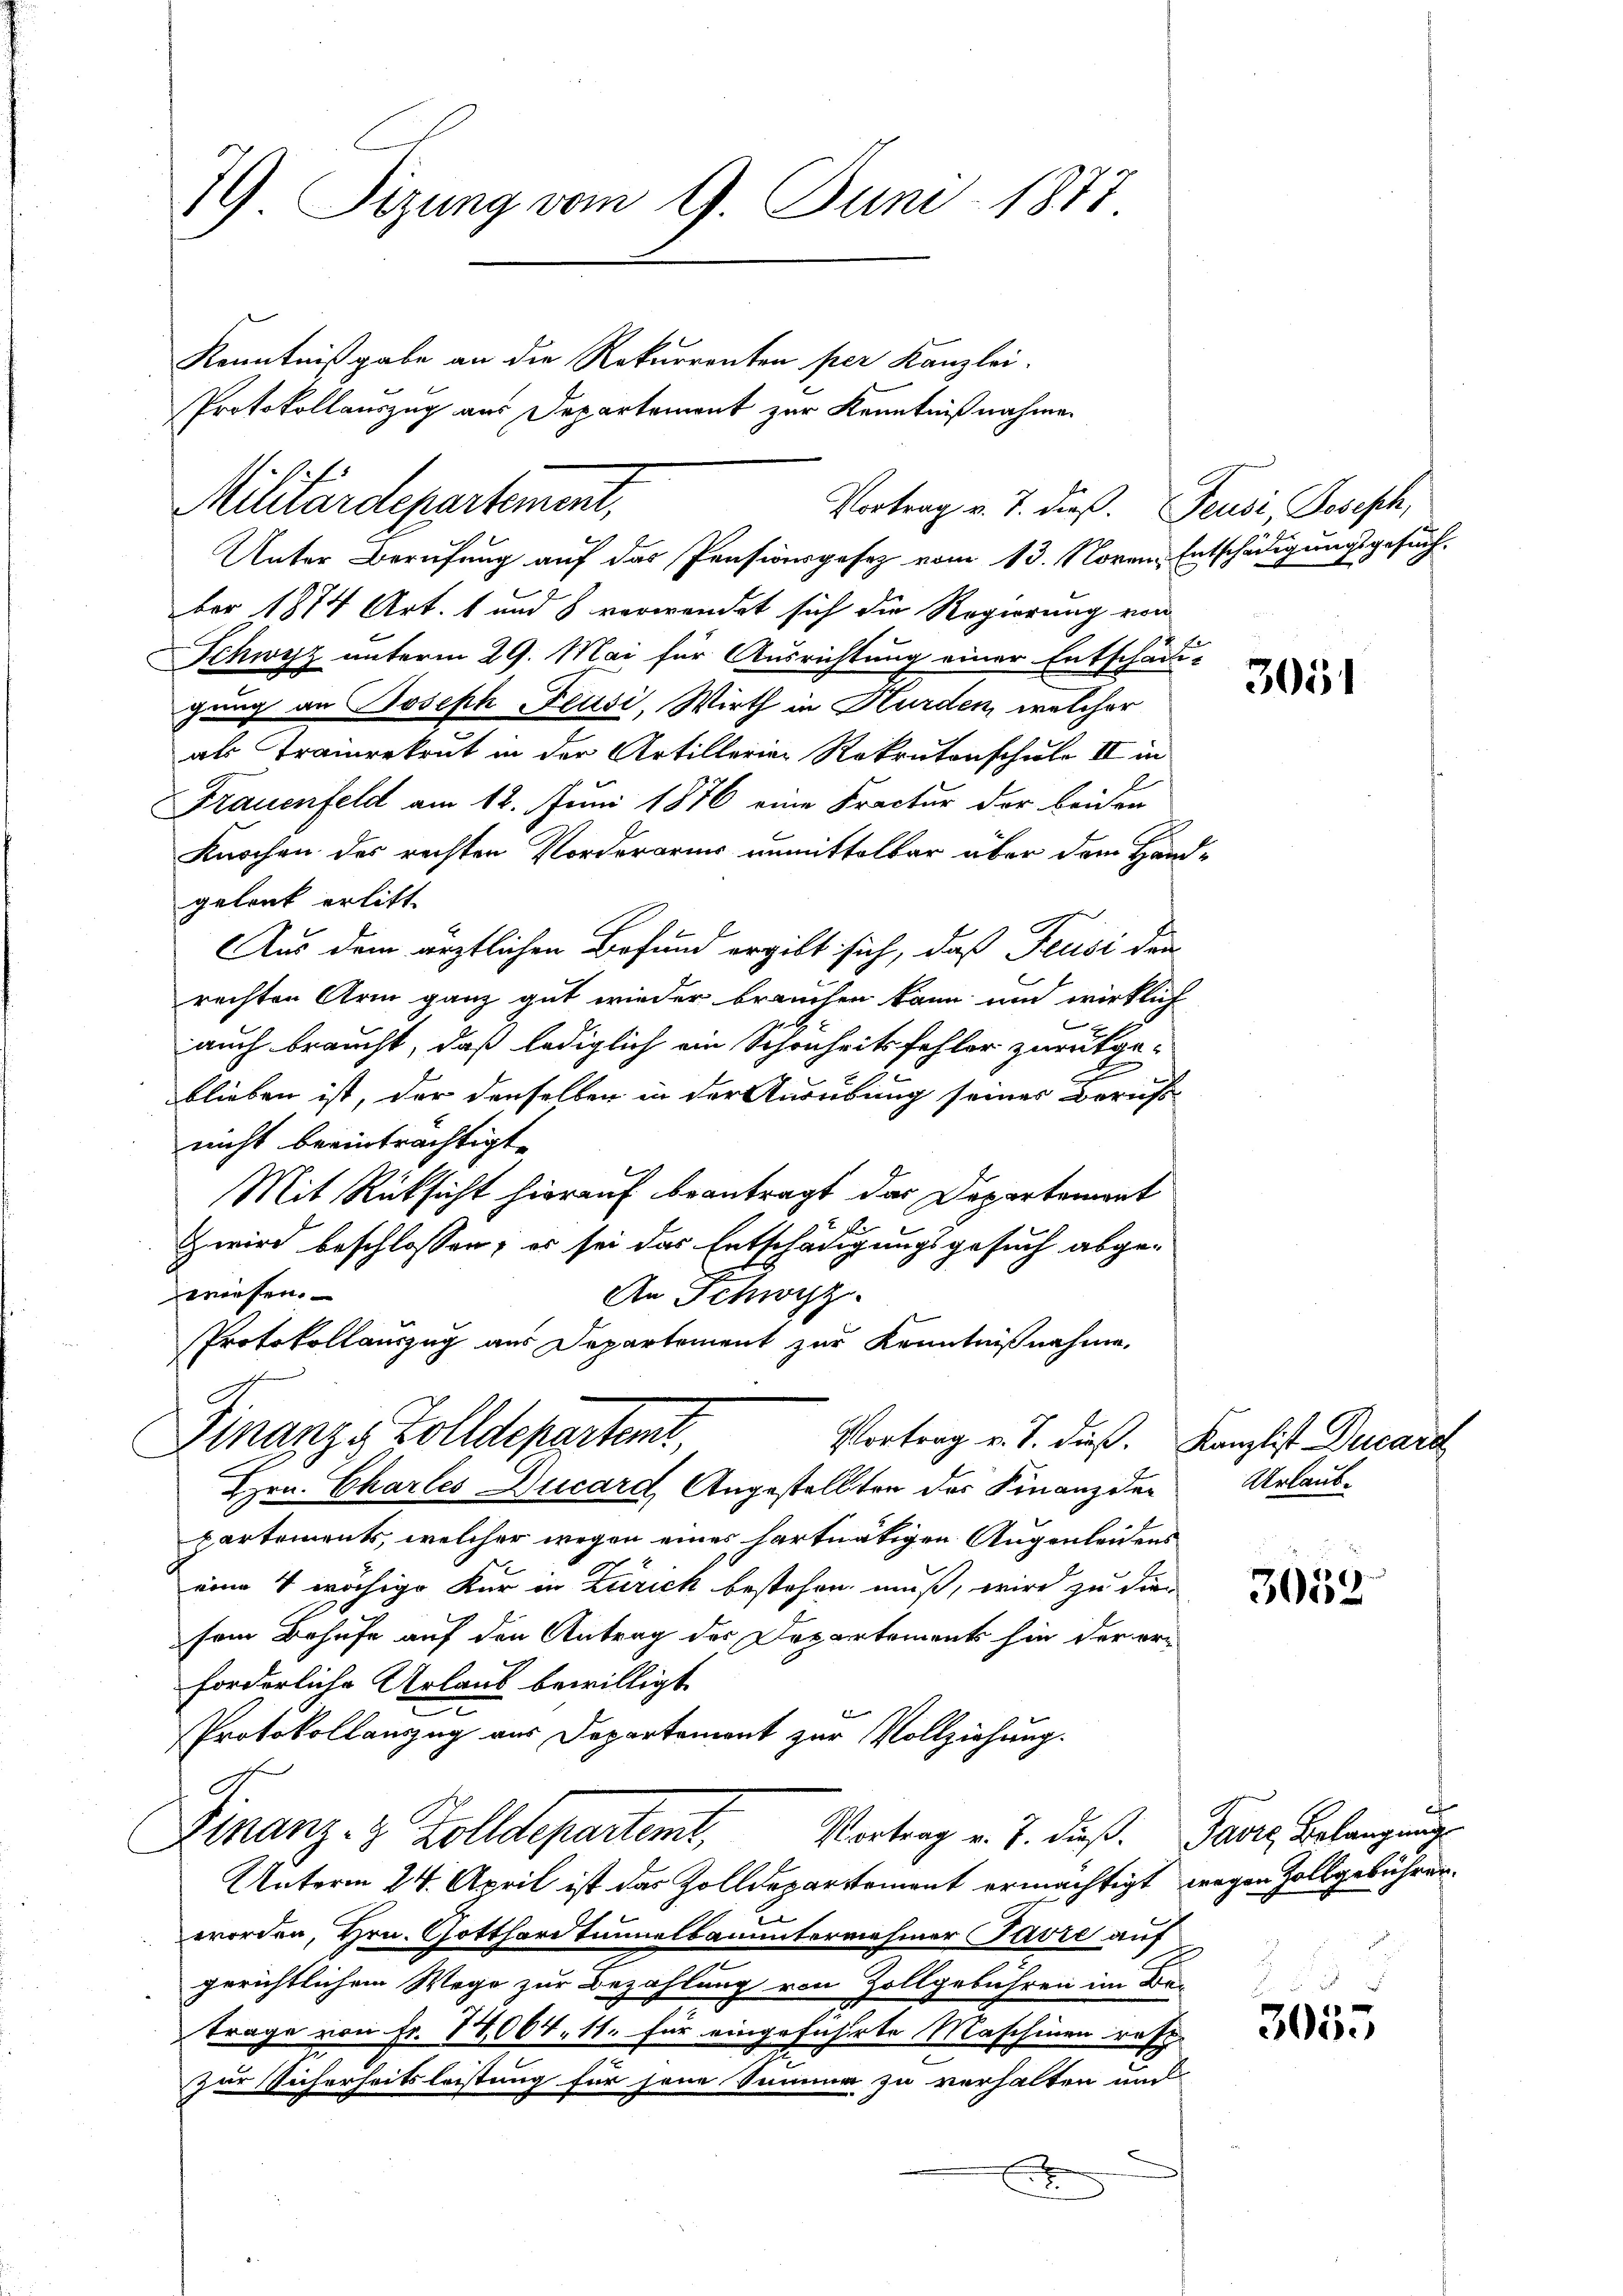
19 Sizung vom 9. Juni 1877.

Unter Berufung auf das Pensionsgesetz vom 13. Noven Entschädigungsgesuchber 1874 Art. 1 und 8 verwendet sich die Regierung von
Schwyz unterm 29. Mai für Ausrichtung einer Entschädi-
gung an Joseph Feusi, Wirth in Hurden, welcher
als Trainrekrut in der Artillerien Rekrutenschule II in
Frauenfeld am 12. Juni 1876 eine Fractur der beiden
Knochen des rechten Vorderarius unmittelbar über dem Hand-
gelanck erlitt.
Aus dem ärztlichen Befund ergibt sich, daß Feusi den
rechten Arm ganz gut wieder brauchen kann und wirklich
C
auch braucht, daß lediglich ein Schönheitsfehler zurückge-
blieben ist, der denselben in der Ausübung seines Berufs-
nicht beeinträchtigt.
Mit Rücksicht hierauf beantragt das Departemont
Zwird beschlossen; es sei das Entschädigungsgesuch abge-
wiesen.
An Schwyz.
Protokollauszug aus Departement zur Kenntnißnahme,
Finanze Zolldepartent,
Vortrag v. J. dieß. Kanzlist Ducard
Hrn. Charles Ducard Angestellten der Finanzde
partements, welcher wegen eines hartnätigen Augenleidens
eine V wächige Kur in Zürich bestehen muß, wird zu die
sem Behufe auf den Antrag des Departements hin der erforderliche Urlaub bewilligt.
x
Protokollauszug aus Departement zur Vollziehung.
Vortrag v. J. dieβ. Favre Belangung
Finanz- & Zolldeparteme,
Unterm 24. April ist das Zolldepartement ermächtigt wegen Zollgebühren.
worden, Hrn. Gotthardtunnelbauunternehmer Favre auf
gerichtlichem Wege zur Bezahlung von Zollgebühren im Be-
trage von Fr. 1064. 11. für eingeführte Maschinen resp.
zur Sicherheitsleistung für jene Summe zu verhalten und
.
u

Kenntnißgabe an die Rekurrenten per Kanzlei-
Militärdepartement,
Vortrag v. J. dieß. Feusi, Joseph,

Protokollauszug aus Departement zur Kenntnißnahmen

3051

3052

3055

Urlaub¬

¬